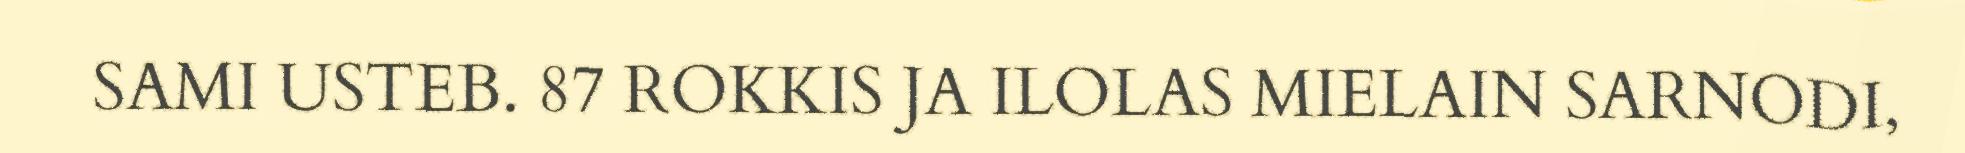
SAMI USTEB. 87 ROKKIS JA ILOLAS MIELAIN SARNODI,